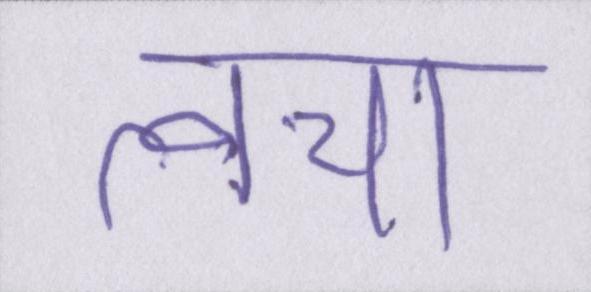
त्वचा